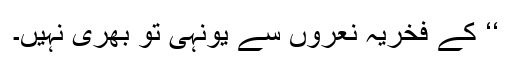
‘‘ کے فخریہ نعروں سے یونہی تو بھری نہیں۔